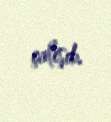
çalışıb.